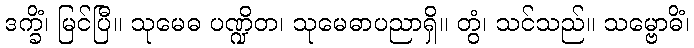
ဒက္ခိံ၊ မြင်ပြီ။ သုမေဓ ပဏ္ဍိတ၊ သုမေဓာပညာရှိ။ တွံ၊ သင်သည်။ သမ္ဗောဓိံ၊